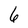
Character: 6